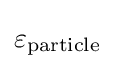
{{\varepsilon }_{\rm {particle}}}